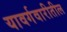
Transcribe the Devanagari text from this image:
यावर्गवारीतील